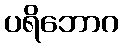
ပရိဘောဂ